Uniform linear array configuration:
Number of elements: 24
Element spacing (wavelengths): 1
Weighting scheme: uniform
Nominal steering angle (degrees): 45
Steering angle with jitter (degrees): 45.654
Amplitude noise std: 0.05
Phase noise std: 0.05

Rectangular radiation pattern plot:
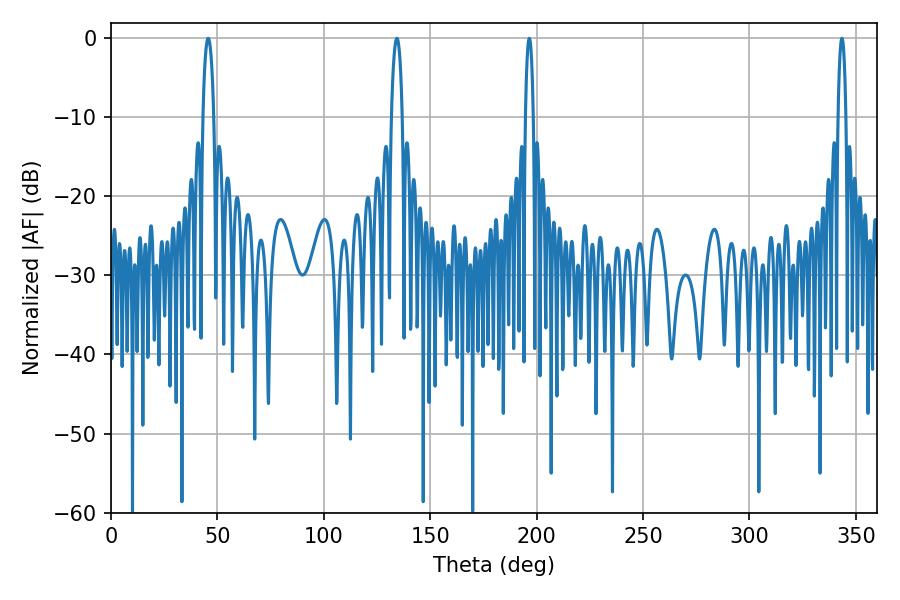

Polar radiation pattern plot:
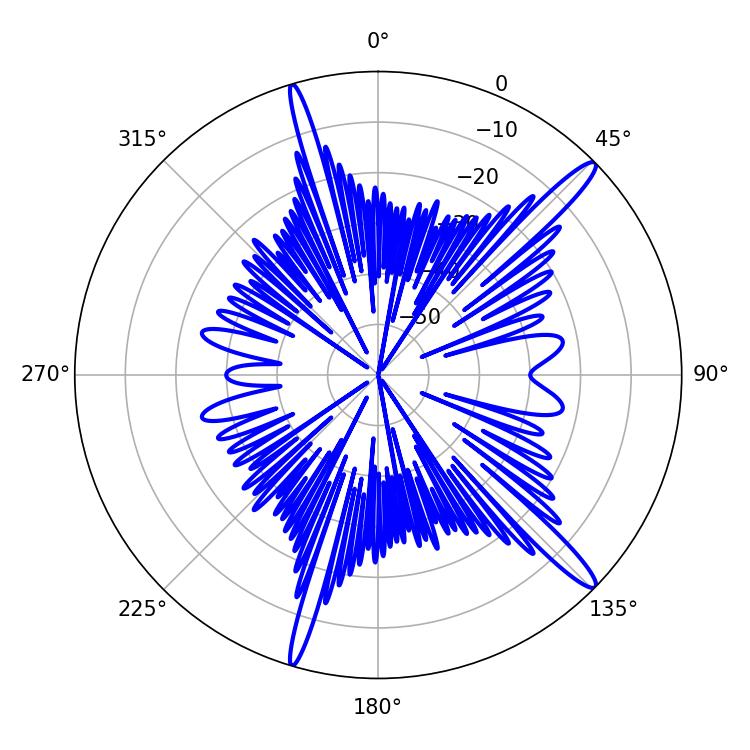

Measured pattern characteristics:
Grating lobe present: TRUE
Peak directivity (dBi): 15.235
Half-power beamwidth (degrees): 2.16
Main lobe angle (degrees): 343.44